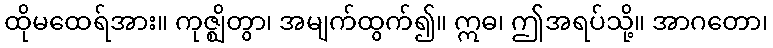
ထိုမထေရ်အား။ ကုဇ္ဈိတွာ၊ အမျက်ထွက်၍။ ဣဓ၊ ဤအရပ်သို့။ အာဂတော၊